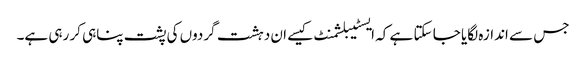
جس سے اندازہ لگایا جا سکتا ہے کہ ایسٹیبلشمنٹ کیسے ان دہشت گردوں کی پشت پناہی کر رہی ہے۔